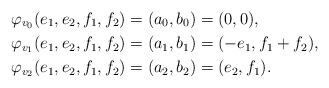
LaTeX: \begin{align*} \varphi_{v_0}(e_1,e_2,f_1,f_2) & = (a_0,b_0) = (0,0), \\\varphi_{v_1}(e_1,e_2,f_1,f_2) & = (a_1,b_1) = (-e_1,f_1+f_2), \\\varphi_{v_2}(e_1,e_2,f_1,f_2) & = (a_2,b_2) = (e_2,f_1).\end{align*}